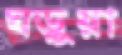
ঘড়ুয়া